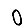
Digit: 0